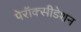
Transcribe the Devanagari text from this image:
पेरॉक्सीडेशन